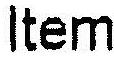
ITEM